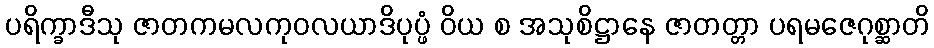
ပရိက္ခာဒီသု ဇာတကမလကုဝလယာဒိပုပ္ဖံ ဝိယ စ အသုစိဋ္ဌာနေ ဇာတတ္တာ ပရမဇေဂုစ္ဆာတိ